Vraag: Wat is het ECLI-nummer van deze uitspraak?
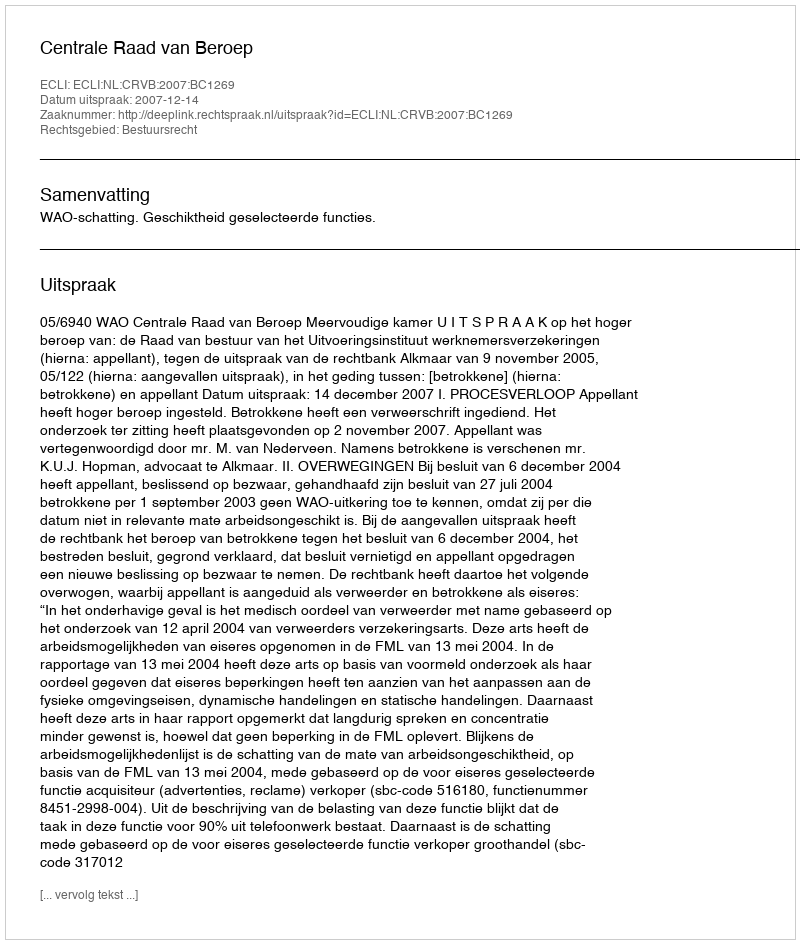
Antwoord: ECLI:NL:CRVB:2007:BC1269